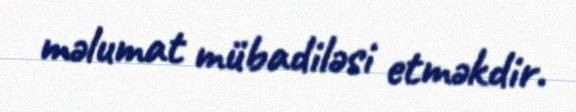
məlumat mübadiləsi etməkdir.